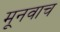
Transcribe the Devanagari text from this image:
मूनवाच